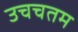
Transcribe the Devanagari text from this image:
उचचतम